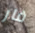
فار